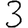
Digit: 3